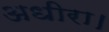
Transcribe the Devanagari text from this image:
अधीरा।